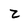
Character: z